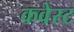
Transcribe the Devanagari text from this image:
कवेस्ट